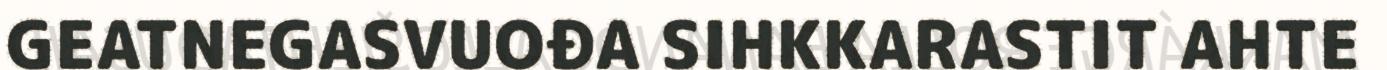
GEATNEGASVUOĐA SIHKKARASTIT AHTE